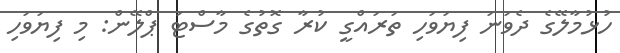
ހުޅުމާލޭގެ ދެވަނަ ފިޔަވަހި ތަރައްގީ ކުރާ ގޮތުގެ މާސްޓަ ޕްލޭން: މި ފިޔަވަހި